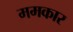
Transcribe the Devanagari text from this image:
ममकार